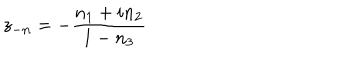
z _ { - { \bf n } } = - \frac { n _ { 1 } + i n _ { 2 } } { 1 - n _ { 3 } }